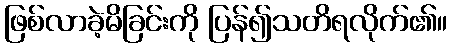
ဖြစ်လာခဲ့မိခြင်းကို ပြန်၍သတိရလိုက်၏။